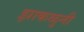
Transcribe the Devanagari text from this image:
झाकळुनी